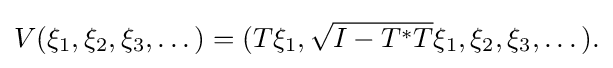
\displaystyle {V(\xi _{1},\xi _{2},\xi _{3},\dots )=(T\xi _{1},{\sqrt {I-T^{*}T}}\xi _{1},\xi _{2},\xi _{3},\dots ).}